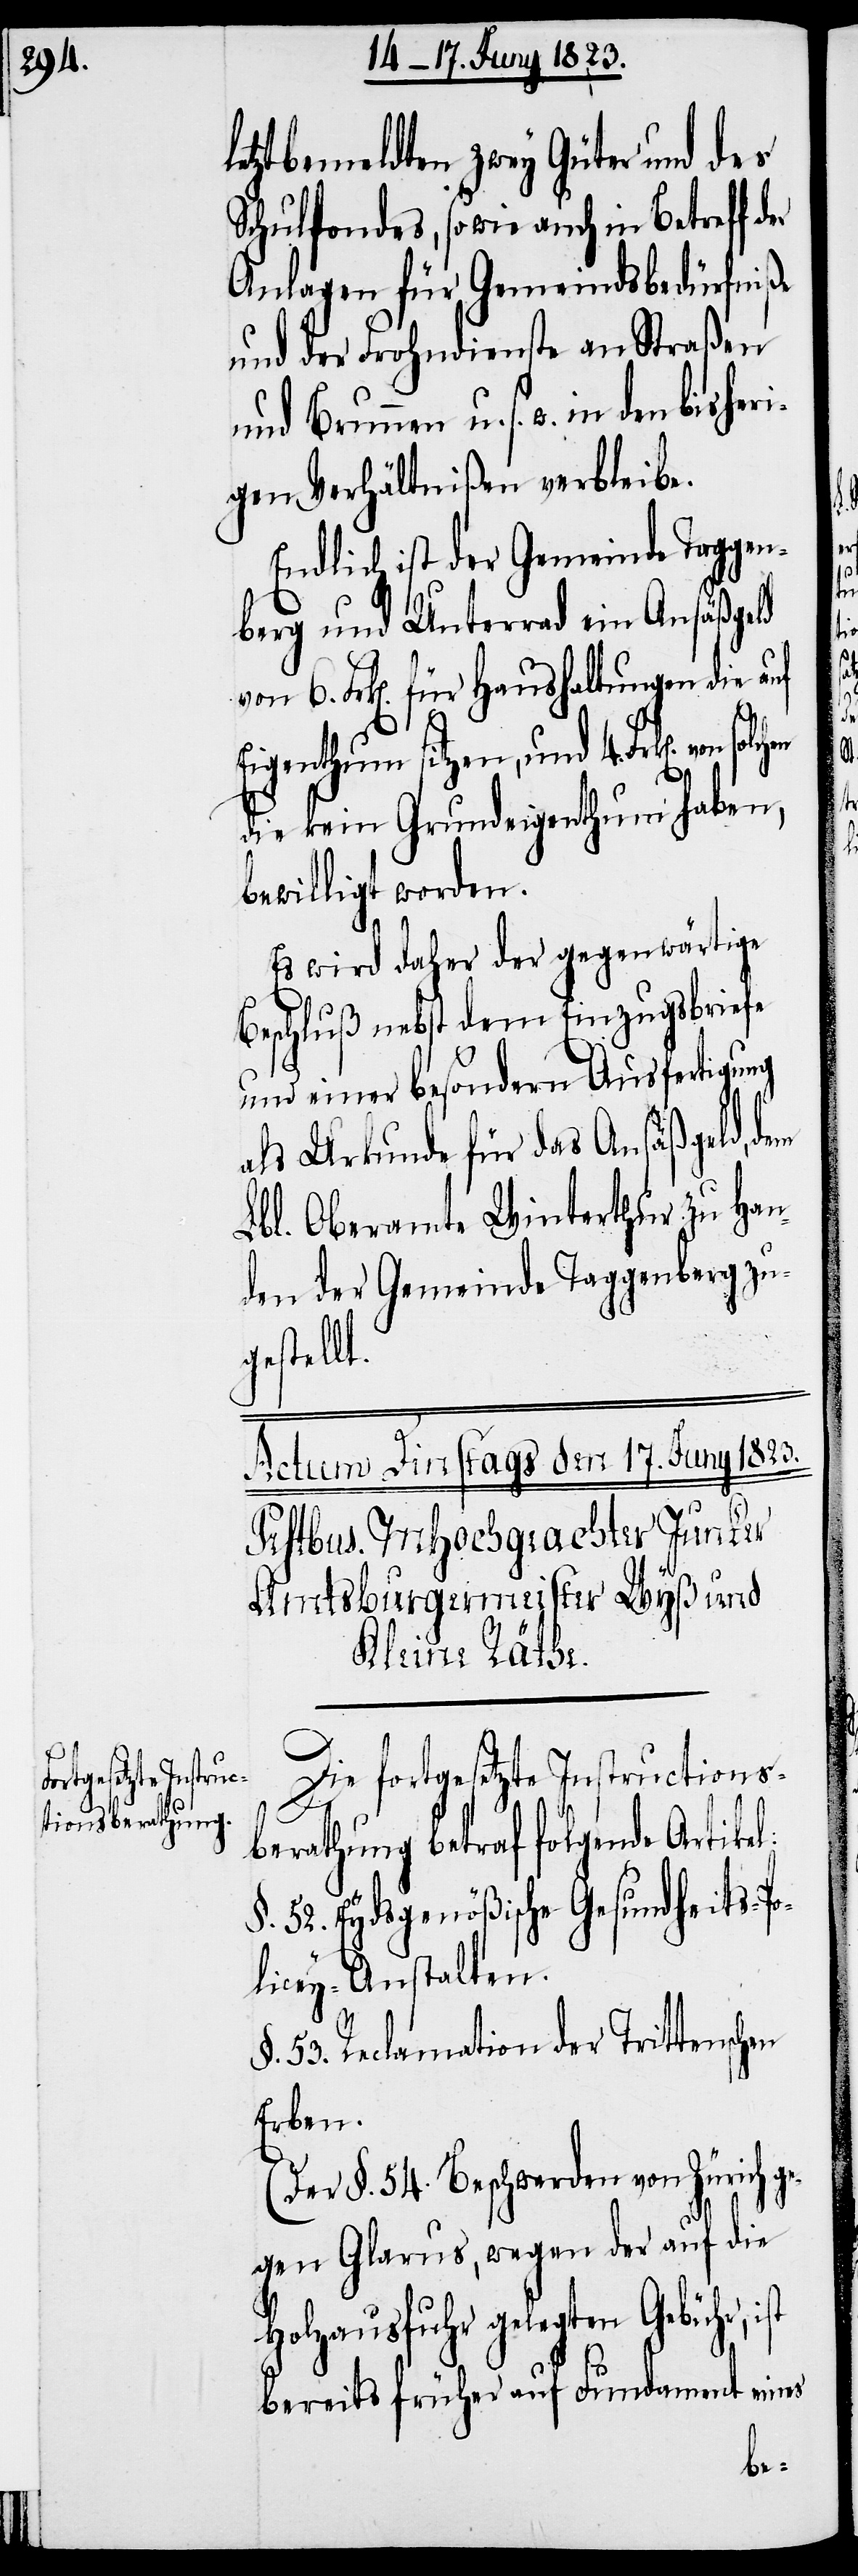
letztbemeldten zwey Güter und des
Schulfondes, sowie auch in Betreff
Anlagen für Gemeindsbedürfniße
und der Frohndienste an Straßen
und Brunnen u. s. w. in den bisheri¬
gen Verhältnißen verbleibe.
Endlich ist der Gemeinde Taggen¬
berg und Unterrad ein Ansäßgeld
6. Frk[en]. für Haushaltungen die auf
Eigenthum sitzen, und 4. Frk[en]. von
die kein Grundeigenthum haben,
bewilligt worden.
Es wird daher der gegenwärtige
Beschluß nebst dem Einzugsbriefe
und einer besondern Ausfertigung
als Urkunde für das Ansäßgeld, dem
Lbl. Oberamte Winterthur zu Han¬
den der Gemeinde Taggenberg zu¬
gestellt.
Die fortgesetzte Instructions¬
berathung betraf folgende Artike¬
§. 52. Eydsgenößische Gesundheits-Po¬
licey-Anstalten.
§. 53. Reclamation der Trittenschen
Erben.
(Der §. 54. Beschwerden von Zürich g¬
egen Glarus, wegen der auf die
Holzausfuhr gelegten Gebühr,
bereits früher auf Fundament eines
l: